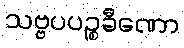
သဗ္ဗပပဉ္စခီဏော